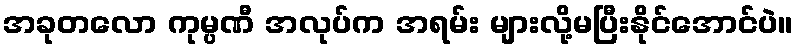
အခုတလော ကုမ္ပဏီ အလုပ်က အရမ်း များလို့မပြီးနိုင်အောင်ပဲ။